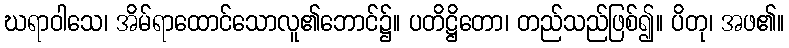
ဃရာဝါသေ၊ အိမ်ရာထောင်သောလူ၏ဘောင်၌။ ပတိဋ္ဌိတော၊ တည်သည်ဖြစ်၍။ ပိတု၊ အဖ၏။